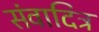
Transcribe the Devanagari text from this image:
संवादित्र